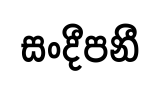
සංදීපනී